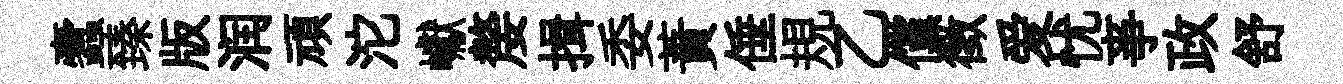
蠧臻版润頑沱巘嫠揖委蕡倕規乙儻徵爱忧亊政舒